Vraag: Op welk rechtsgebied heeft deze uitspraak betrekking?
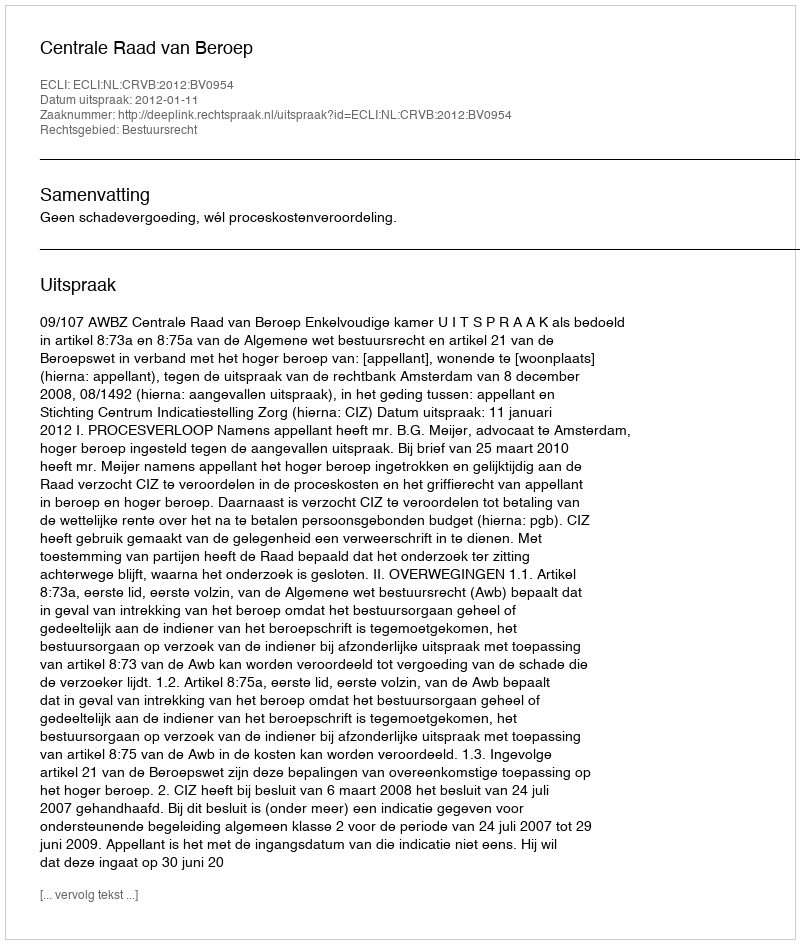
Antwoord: Bestuursrecht